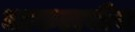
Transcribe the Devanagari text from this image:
लाकडाचीच